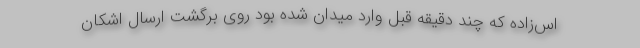
اس‌زاده که چند دقیقه قبل وارد میدان شده بود روی برگشت ارسال اشکان